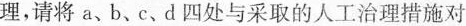
理，请将a、b、c、d四处与采取的人工治理措施对